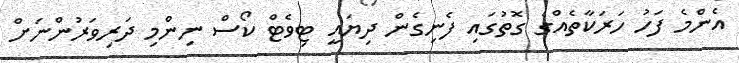
އެންމެ ފަހު ހަރަކާތެއްގެ ގޮތުގައި ފެނިގެން ދިޔައީ ޓިވެޓް ކޯސް ނިންމި ދަރިވަރުންނަށް